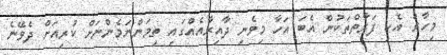
މިހާރު އެކި ފަރާތްތަކުން އެބަ އަހާ މިވެނި ދާއިރާއެއްގައި ތިމަންނަމެންނަށް ކުރިއަށް ދެވޭނެ